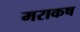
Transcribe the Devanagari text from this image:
मराकष